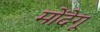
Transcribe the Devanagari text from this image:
मोंदेगू